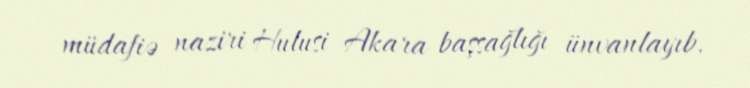
müdafiə naziri Hulusi Akara başsağlığı ünvanlayıb.